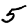
Digit: 5